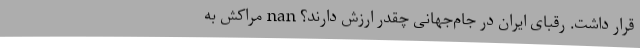
قرار داشت. رقبای ایران در جام‌جهانی چقدر ارزش دارند؟ nan مراکش به